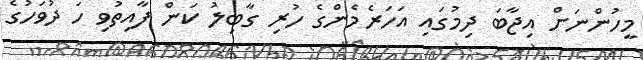
މީހުންނަށް އިޖާބަ ދިމުގައި އަހަރެމެންގެ ހުރި ގާބިލު ކަން ފާއިތުވި ހަ ދުވަހުގެ